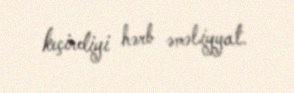
keçirdiyi hərb əməliyyat.